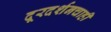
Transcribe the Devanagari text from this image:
दूरदर्शनचाही